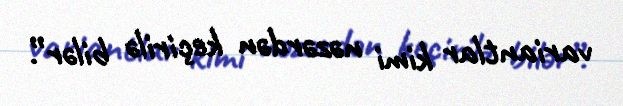
variantlar kimi nəzərdən keçirilə bilər”.